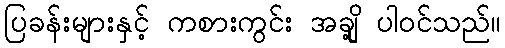
ပြခန်းများနှင့် ကစားကွင်း အချို့ ပါဝင်သည်။